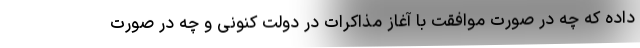
داده که چه در صورت موافقت با آغاز مذاکرات در دولت کنونی و چه در صورت